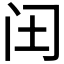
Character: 𮤬